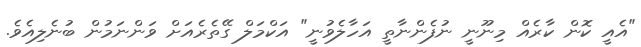
"އެއީ ކޮން ކާރެއް މިނޫނީ ނުފެންނާތީ އަހާލެވުނީ" އަކްމަލް ގޭތެރެއަށް ވަންނަމުން ބުނެލިއެވެ.